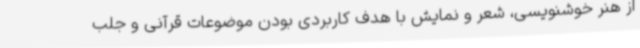
از هنر خوشنویسی، شعر و نمایش با هدف کاربردی بودن موضوعات قرآنی و جلب